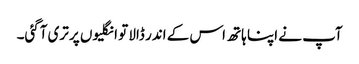
آپ نے اپنا ہاتھ اس کے اندر ڈالا تو انگلیوں پر تری آگئی۔